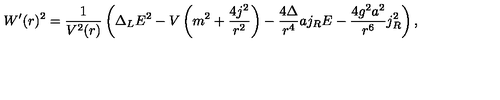
W ^ { \prime } ( r ) ^ { 2 } = \frac { 1 } { V ^ { 2 } ( r ) } \left( \Delta _ { L } E ^ { 2 } - V \left( m ^ { 2 } + \frac { 4 j ^ { 2 } } { r ^ { 2 } } \right) - \frac { 4 \Delta } { r ^ { 4 } } a j _ { R } E - \frac { 4 g ^ { 2 } a ^ { 2 } } { r ^ { 6 } } j _ { R } ^ { 2 } \right) ,